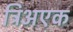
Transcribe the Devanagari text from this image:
त्रिअएक